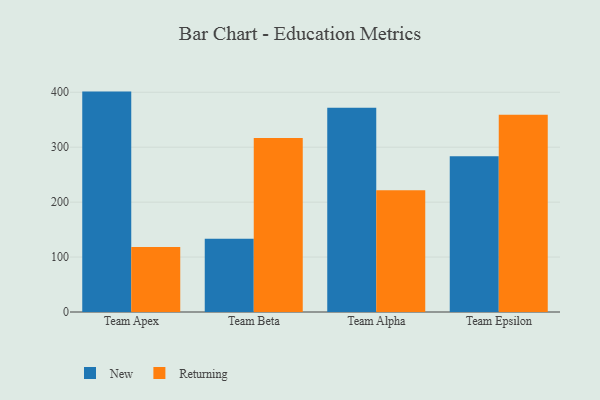
{"axis": {"x": "Team", "y": "Waste Production (Tons)"}, "legend": ["New", "Returning"], "data": [{"x": "Team Apex", "y": 401.2, "type": "New"}, {"x": "Team Apex", "y": 118.3, "type": "Returning"}, {"x": "Team Beta", "y": 133.5, "type": "New"}, {"x": "Team Beta", "y": 316.6, "type": "Returning"}, {"x": "Team Alpha", "y": 371.9, "type": "New"}, {"x": "Team Alpha", "y": 221.4, "type": "Returning"}, {"x": "Team Epsilon", "y": 283.7, "type": "New"}, {"x": "Team Epsilon", "y": 359.1, "type": "Returning"}]}